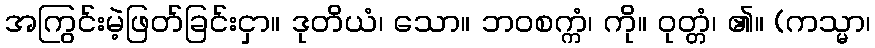
အကြွင်းမဲ့ဖြတ်ခြင်းငှာ။ ဒုတိယံ၊ သော။ ဘဝစက္ကံ၊ ကို။ ဝုတ္တံ၊ ၏။ (ကသ္မာ၊